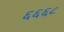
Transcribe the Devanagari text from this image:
६६६८